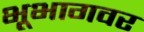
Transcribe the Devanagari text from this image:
भूभागवर